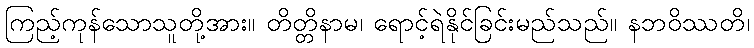
ကြည့်ကုန်သောသူတို့အား။ တိတ္တိနာမ၊ ရောင့်ရဲနိုင်ခြင်းမည်သည်။ နဘဝိဿတိ၊